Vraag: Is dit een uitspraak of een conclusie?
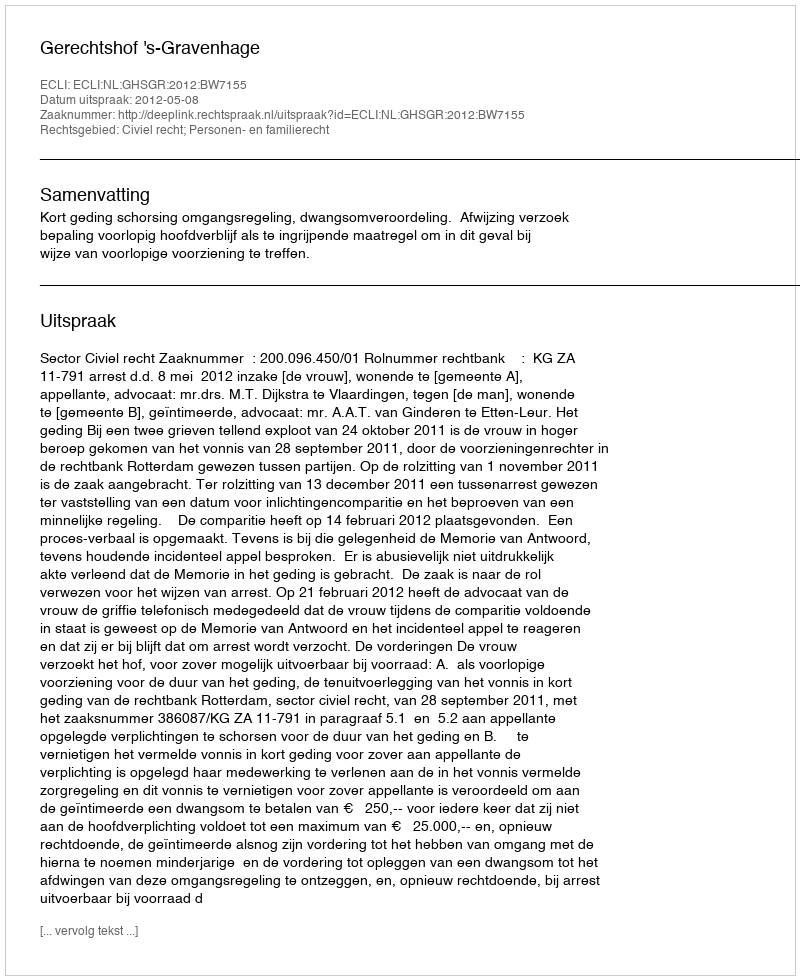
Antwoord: Uitspraak